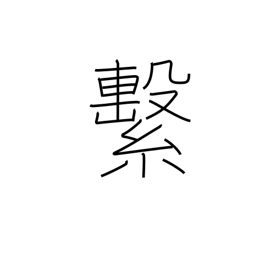
Meaning: attach